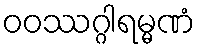
ဝဝဿဂ္ဂါရမ္မဏံ